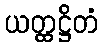
ယတ္ထဋ္ဌိတံ